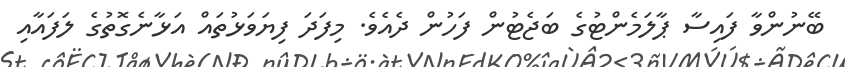
ބޭނުންވާ ފައިސާ ޕާލަމެންޓުގެ ބަޖެޓުން ފަހުން ދެއެވެ. މިފަދަ ފިޔަވަޅުތައް އަޅާނެގޮތުގެ ލަފައާއި